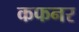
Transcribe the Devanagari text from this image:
कफनर